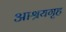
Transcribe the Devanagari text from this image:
आश्रयगृह